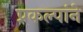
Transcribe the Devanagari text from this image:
प्रकल्पांने